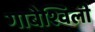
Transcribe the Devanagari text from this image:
गाबेश्विली